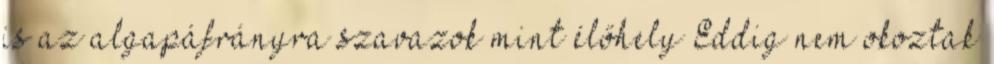
is az algapáfrányra szavazok mint élőhely Eddig nem okoztak